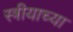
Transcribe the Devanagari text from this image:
स्त्रीयाच्या